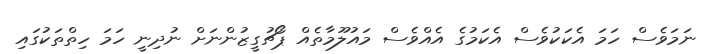
ނަމަވެސް ހަމަ އެކަކުވެސް އެކަމުގެ އެއްވެސް މައުލޫމާތެއް ޕޯޗުގީޒުންނަށް ނުދިނީ ހަމަ ހިތްތަކުގައި